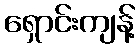
ရှောင်းကျန့်